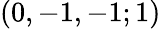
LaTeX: (0,-1,-1;1)